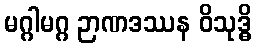
မဂ္ဂါမဂ္ဂ ဉာဏဒဿန ဝိသုဒ္ဓိ